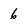
Character: 6